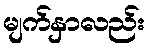
မျက်နှာလည်း